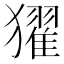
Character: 㺟